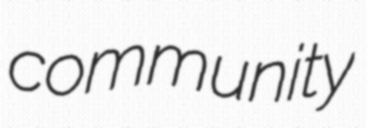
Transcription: community